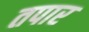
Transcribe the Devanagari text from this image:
तपार